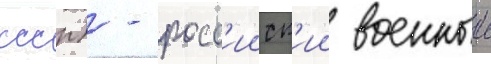
ссср) - росс'ииск'ии военныи